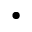
\bullet